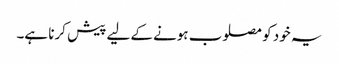
یہ خود کو مصلوب ہونے کے لیے پیش کرنا ہے۔